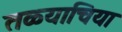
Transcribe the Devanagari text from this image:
तळ्याचिया